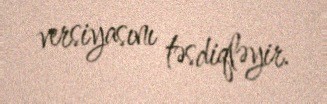
versiyasını təsdiqləyir.